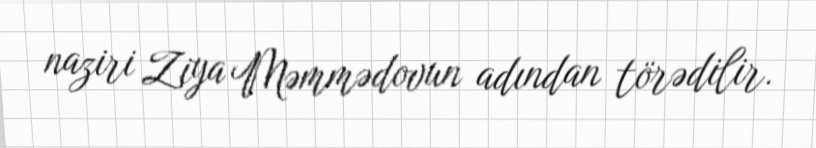
naziri Ziya Məmmədovun adından törədilir.